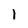
Character: 1